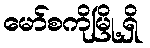
မော်စကိုမြို့ရှိ